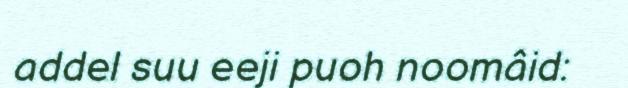
addel suu eeji puoh noomâid: